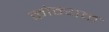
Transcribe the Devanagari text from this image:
कोन्यक